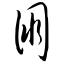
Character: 朋